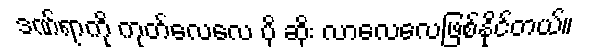
ဒဏ်ရာကို ကုတ်လေလေ ပို ဆိုး လာလေလေဖြစ်နိုင်တယ်။